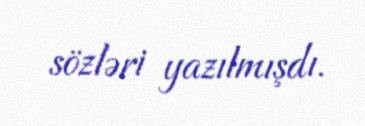
sözləri yazılmışdı.